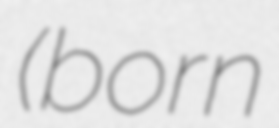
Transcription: (born